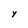
Character: y